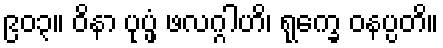
၉၀၃။ ဝိနာ ပုပ္ဖံ ဖလဂ္ဂါဟိ၊ ရုက္ခေ ဝနပ္ပတိ။